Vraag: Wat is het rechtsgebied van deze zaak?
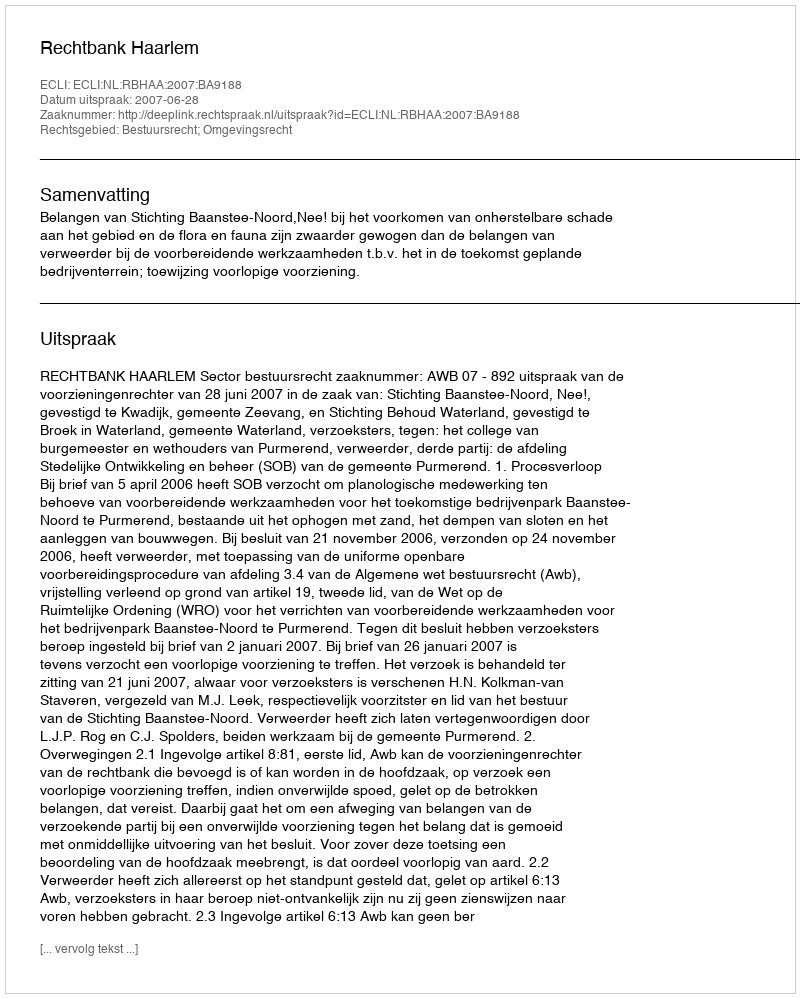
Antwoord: Bestuursrecht; Omgevingsrecht